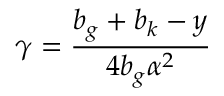
\gamma = \frac { b _ { g } + b _ { k } - y } { 4 b _ { g } \alpha ^ { 2 } }